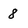
Character: 8